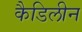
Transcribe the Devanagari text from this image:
कैडिलीन